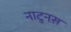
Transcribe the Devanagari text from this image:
नाटुनस